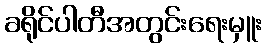
ခရိုင်ပါတီအတွင်းရေးမှူး